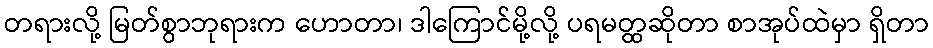
တရားလို့ မြတ်စွာဘုရားက ဟောတာ၊ ဒါကြောင်မို့လို့ ပရမတ္ထဆိုတာ စာအုပ်ထဲမှာ ရှိတာ